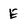
Character: E